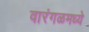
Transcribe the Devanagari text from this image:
वारंगळमध्ये